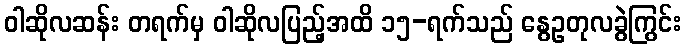
ဝါဆိုလဆန်း တရက်မှ ဝါဆိုလပြည့်အထိ ၁၅-ရက်သည် နွေဥတုလခွဲကြွင်း